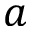
a